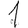
Digit: 1